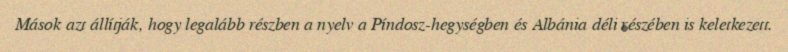
Mások azt állítják, hogy legalább részben a nyelv a Píndosz-hegységben és Albánia déli részében is keletkezett.